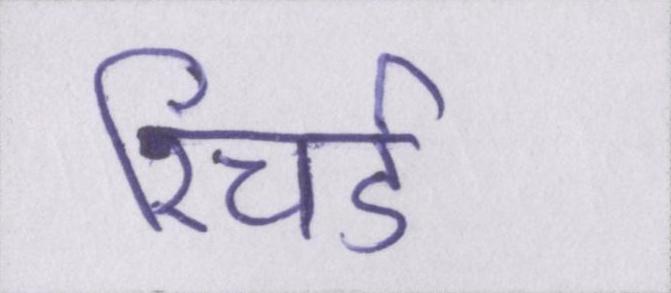
रिचर्ड